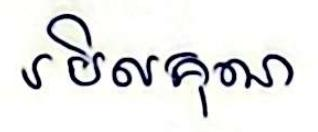
រមិលគុណ